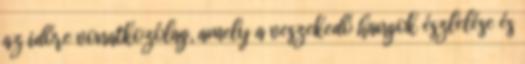
az időre vonatkozólag, amely a veszekedő hangok észlelése és